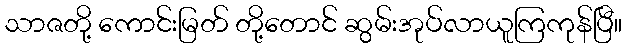
သာဇတို့ ကောင်းမြတ် တို့တောင် ဆွမ်းအုပ်လာယူကြကုန်ပြီ။